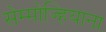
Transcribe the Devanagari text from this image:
सेम्मोज्हियाना